Report on the cultivation and use of ganja
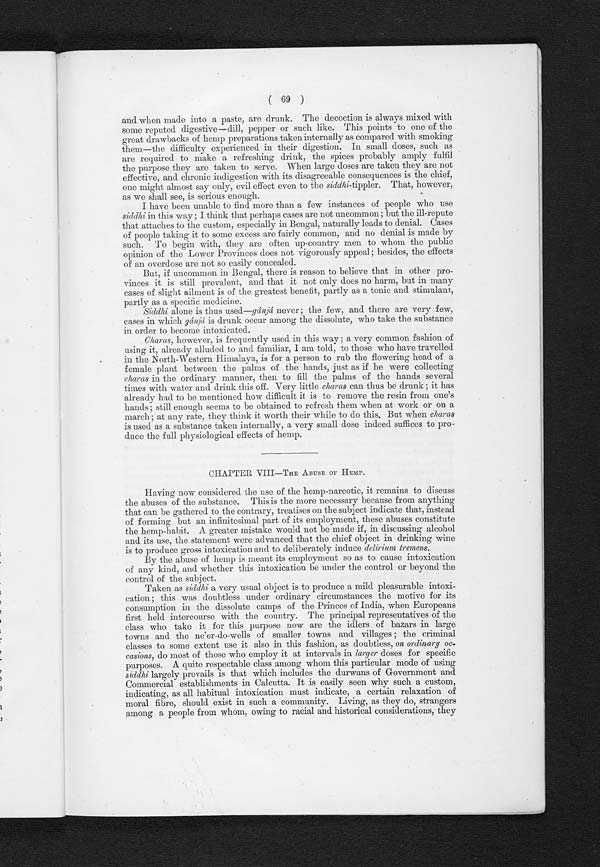
( 69 )
and when made into a paste, are drunk. The decoction is always mixed with
some reputed digestive—dill, pepper or such like. This points to one of the
great drawbacks of hemp preparations taken internally as compared with smoking
them—the difficulty experienced in their digestion. In small doses, such as
are required to make a refreshing drink, the spices probably amply fulfil
the purpose they are taken to serve. When large doses are taken they are not
effective, and chronic indigestion with its disagreeable consequences is the chief,
one might almost say only, evil effect even to the siddhi-tippler. That, however,
as we shall see, is serious enough.
I have been unable to find more than a few instances of people who use
siddhi i n t h i s w a y ; I t h i n k t h a t p e r h a p s c a s e s a r e n o t u n c o m m o n ; b u t t h e i l l - r e p u t e
that attaches to the custom, especially in Bengal, naturally leads to denial. Cases
of people taking it to some excess are fairly common, and no denial is made by
such. To begin with, they are often up-country men to whom the public
opinion of the Lower Provinces does not vigorously appeal; besides, the effects
of an overdose are not so easily concealed.
But, if uncommon in Bengal, there is reason to believe that in other pro-
vinces it is still prevalent, and. that it not only does no harm, but in many
cases of slight ailment is of the greatest benefit, partly as a tonic and stimulant,
partly as a specific medicine.
Siddhi alone is thus used—gánjá never ; the few, and there are very few,
cases in which gánjá is drunk occur among the dissolute, who take the substance
in order to become intoxicated.
Charas, however, is frequently used in this way ; a very common fashion of
using it, already alluded to and familiar, I am told, to those who have travelled
in the North-Western Himalaya, is for a person to rub the flowering head of a
female plant between the palms of the hands, just as if he were collecting
charas in the ordinary manner, then to fill the palms of the hands several
times with water and drink this off. Very little charas can thus be drunk ; it has
already had to be mentioned how difficult it is to remove the resin from one's
hands; still enough seems to be obtained to refresh them when at work or on a
march; at any rate, they think it worth their while to do this. But when charas
is used as a substance taken internally, a very small dose indeed suffices to pro-
duce the full physiological effects of hemp.
CHAPTER VIII—THE ABUSE OF HEMP.
Having now considered the use of the hemp-narcotic, it remains to discuss
the abuses of the substance. This is the more necessary because from anything
that can be gathered to the contrary, treatises on the subject indicate that, instead
of forming but an infinitesimal part of its employment, these abuses constitute
the hemp-habit. A greater mistake would not be made if, in discussing alcohol
and its use, the statement were advanced that the chief object in drinking wine
is to produce gross intoxication and to deliberately induce delirium tremens.
By the abuse of hemp is meant its employment so as to cause intoxication
of any kind, and whether this intoxication be under the control or beyond the
control of the subject.
Taken as siddhi a very usual object is to produce a mild pleasurable intoxi-
cation; this was doubtless under ordinary circumstances the motive for its
consumption in the dissolute camps of the Princes of India, when Europeans
first held intercourse with the country. The principal representatives of the
class who take it for this purpose now are the idlers of bazars in large
towns and the ne'er-do-wells of smaller towns and villages; the criminal
classes to some extent use it also in this fashion, as doubtless, on ordinary oc-
casions, do most of those who employ it at intervals in larger doses for specific
purposes. A quite respectable class among whom this particular mode of using
siddhi largely prevails is that which includes the durwans of Government and
Commercial establishments in Calcutta. It is easily seen why such a custom,
indicating, as all habitual intoxication must indicate, a certain relaxation of
m o r a l f i b r e , s h o u l d e x i s t i n s u c h a c o m m u n i t y . L i v i n g , a s t h e y d o , s t r a n g e r s
among a people from whom, owing to racial and historical considerations, they